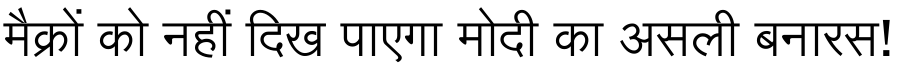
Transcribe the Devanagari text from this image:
मैक्रों को नहीं दिख पाएगा मोदी का असली बनारस!